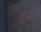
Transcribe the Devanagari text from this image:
इमू